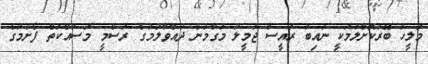
މަލީހު ބޭރުކޮށްލުމަކީ ނައިބު ރައީސް ޖަމީލު މަގާމުން ދުއްވާލުމުގެ ރަސްމީ މަސައްކަތް ފެށުމުގެ